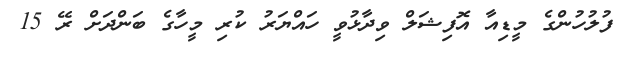
ފުލުހުންގެ މީޑިއާ އޮފިޝަލް ވިދާޅުވީ ހައްޔަރު ކުރި މީހާގެ ބަންދަށް ރޭ 15